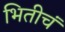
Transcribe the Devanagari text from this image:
भितीचं